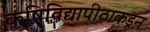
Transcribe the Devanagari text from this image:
कृषिविद्यापीठाकडून